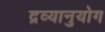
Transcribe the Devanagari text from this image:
द्रव्यानुयोग